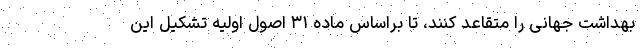
بهداشت جهانی را متقاعد کنند، تا براساس ماده ۳۱ اصول اولیه تشکیل این